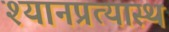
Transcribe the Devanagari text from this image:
श्यानप्रत्यास्थ